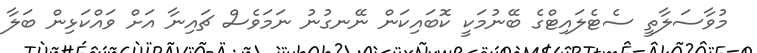
މުވާސަލާތީ ސެޓެލައިޓްގެ ބޭނުމަކީ ކޮބައިކަން ނޭނގުނު ނަމަވެސް ޗައިނާ އަށް ވައްކަޅިން ބަލާ